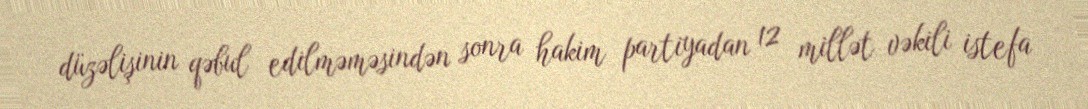
düzəlişinin qəbul edilməməsindən sonra hakim partiyadan 12 millət vəkili istefa